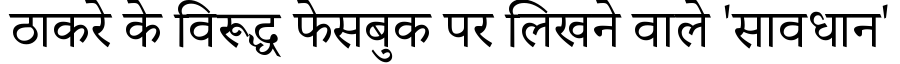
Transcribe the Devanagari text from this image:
ठाकरे के विरूद्ध फेसबुक पर लिखने वाले 'सावधान'